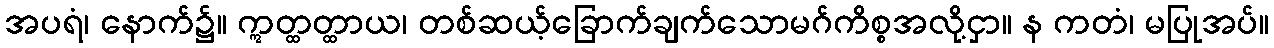
အပရံ၊ နောက်၌။ ဣတ္ထတ္ထာယ၊ တစ်ဆယ့်ခြောက်ချက်သောမဂ်ကိစ္စအလို့ငှာ။ န ကတံ၊ မပြုအပ်။